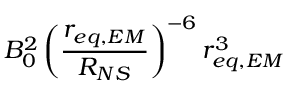
B _ { 0 } ^ { 2 } \left( \frac { r _ { e q , E M } } { R _ { N S } } \right) ^ { - 6 } r _ { e q , E M } ^ { 3 }